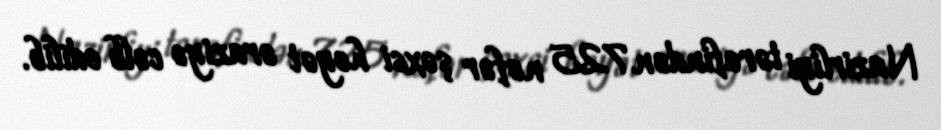
Nazirliyi tərəfindən 725 nəfər şəxsi heyət əraziyə cəlb edilib.